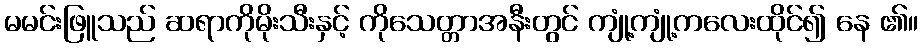
မမင်းဖြူသည် ဆရာကိုမိုးသီးနှင့် ကိုသေတ္တာအနီးတွင် ကျုံ့ကျုံ့ကလေးထိုင်၍ နေ ၏။